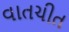
વાતચીત